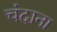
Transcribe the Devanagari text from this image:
चंदाना